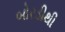
બોરડીથી